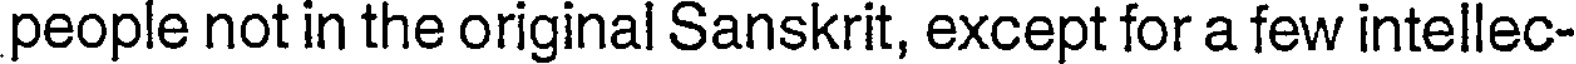
people not in the original Sanskrit, except for a few intellec-